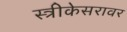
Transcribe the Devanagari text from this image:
स्त्रीकेसरावर